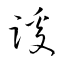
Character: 蹊